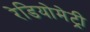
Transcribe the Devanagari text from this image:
रेडियोमेट्री